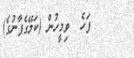
٣٧      ފަހެ  ވިމީހުން (ކަލޭގެފާނުގެ)